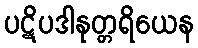
ပဋိပဒါနုတ္တရိယေန